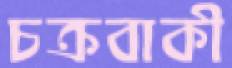
চক্রবাকী